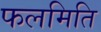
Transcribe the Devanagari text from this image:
फलमिति